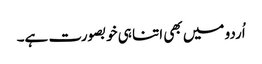
اُردو میں بھی اتنا ہی خوبصورت ہے۔